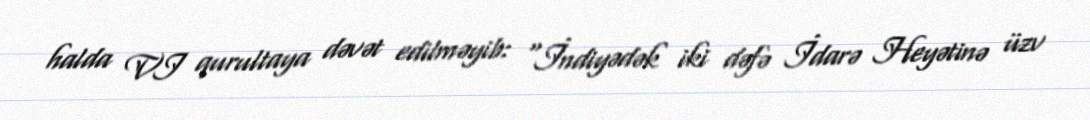
halda VI qurultaya dəvət edilməyib: “İndiyədək iki dəfə İdarə Heyətinə üzv